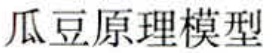
瓜豆原理模型